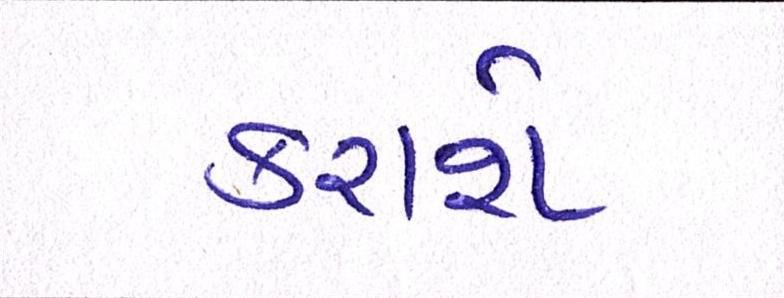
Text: કરાશે